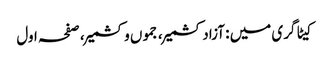
کیٹاگری میں : آزاد کشمیر، جموں وکشمیر، صفحہ اول